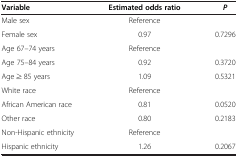
| Variable | Estimated odds ratio | P |
 | --- | --- | --- |
 | Male sex | Reference |  |
 | Female sex | 0.97 | 0.7296 |
 | Age 67–74 years | Reference |  |
 | Age 75–84 years | 0.92 | 0.3720 |
 | Age ≥ 85 years | 1.09 | 0.5321 |
 | White race | Reference |  |
 | African American race | 0.81 | 0.0520 |
 | Other race | 0.80 | 0.2183 |
 | Non-Hispanic ethnicity | Reference |  |
 | Hispanic ethnicity | 1.26 | 0.2067 |